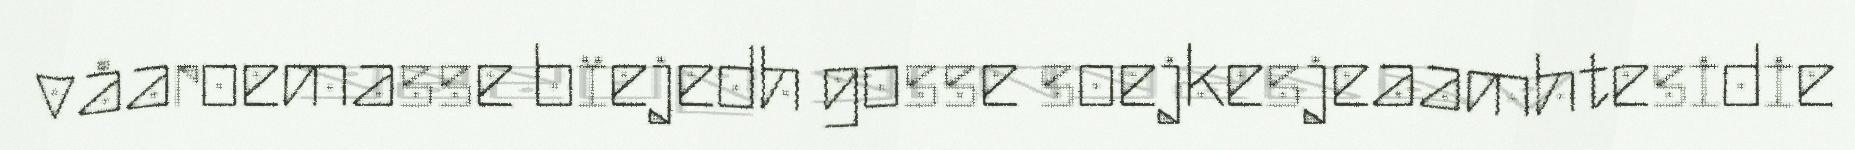
våaroemasse bïejedh gosse soejkesjeaamhtesidie